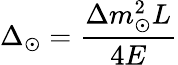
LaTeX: \Delta_{\odot}={\frac{\Delta m_{\odot}^{2}L}{4E}}